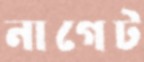
নাগেট